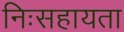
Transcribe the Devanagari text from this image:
निःसहायता